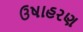
ઉષાહરણ